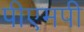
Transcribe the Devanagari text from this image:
पीएमपी